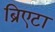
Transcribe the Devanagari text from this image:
ब्रिएटा